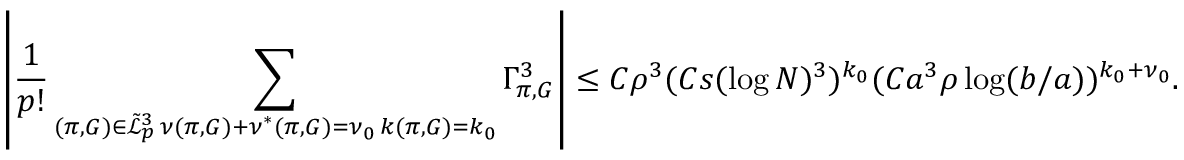
\left\vert \frac { 1 } { p ! } \sum _ { \substack { ( \pi , G ) \in \tilde { \mathcal { L } } _ { p } ^ { 3 } \, \nu ( \pi , G ) + \nu ^ { * } ( \pi , G ) = \nu _ { 0 } \, k ( \pi , G ) = k _ { 0 } } } \Gamma _ { \pi , G } ^ { 3 } \right\vert \leq C \rho ^ { 3 } ( C s ( \log N ) ^ { 3 } ) ^ { k _ { 0 } } ( C a ^ { 3 } \rho \log ( b / a ) ) ^ { k _ { 0 } + \nu _ { 0 } } .